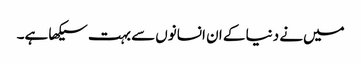
میں‌نے دنیا کے ان انسانوں‌سے بہت سیکھا ہے۔